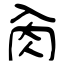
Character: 肏